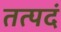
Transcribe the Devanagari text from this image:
तत्पदं